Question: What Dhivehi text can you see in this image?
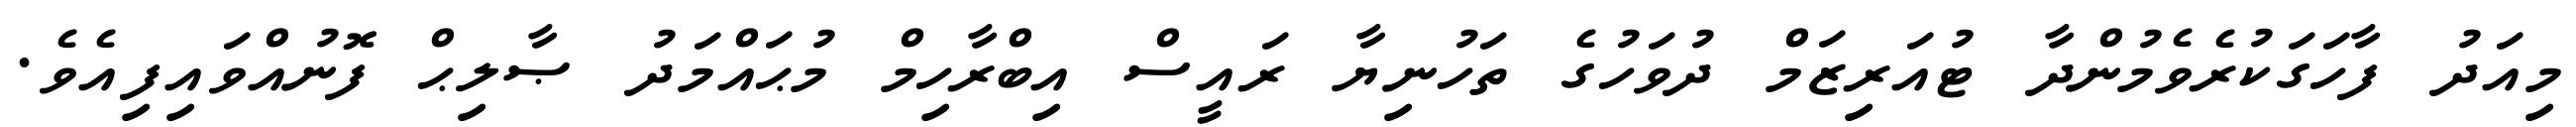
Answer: މިއަދު ފާހަގަކުރެވެމުންދާ ޓުއަރިޒަމް ދުވަހުގެ ތަހުނިޔާ ރައީސް އިބްރާހިމް މުޙައްމަދު ޞާލިޙް ފޮނުއްވައިފިއެވެ.